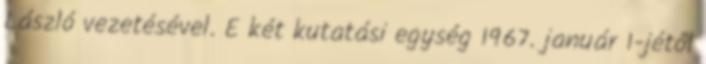
László vezetésével. E két kutatási egység 1967. január 1-jétől